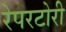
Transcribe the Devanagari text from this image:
रेपरटोरी